Lyperosia minuta, Bezzi - Number 59
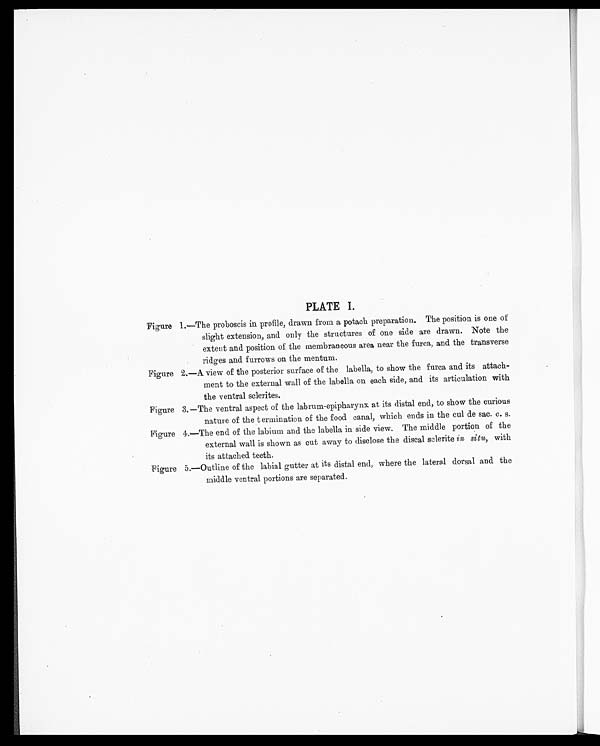
PLATE I.
Figure 1.—The proboscis in profile, drawn from a potach preparation. The position is one of
slight extension, and only the structures of one side are drawn. Note the
extent and position of the membraneous area near the furca, and the transverse
ridges and furrows on the mentum.
Figure 2.—A view of the posterior surface of the labella, to show the furca and its attach-
ment to the external wall of the labella on each side, and its articulation with
the ventral sclerites.
Figure 3. —The ventral aspect of the labrum-epipharynx at its distal end, to show the curious
nature of the t ermination of the food canal, which ends in the cul de sac. c. s.
Figure 4.—The end of the labium and the labella in side view. The middle portion of the
external wall is shown as cut away to disclose the distal sclerite situ, with
its attached teeth.
Figure 5.—Outline of the labial gutter at its distal end, where the lateral dorsal and the
middle ventral portions are separated.